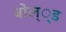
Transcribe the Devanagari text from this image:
बोल््ड